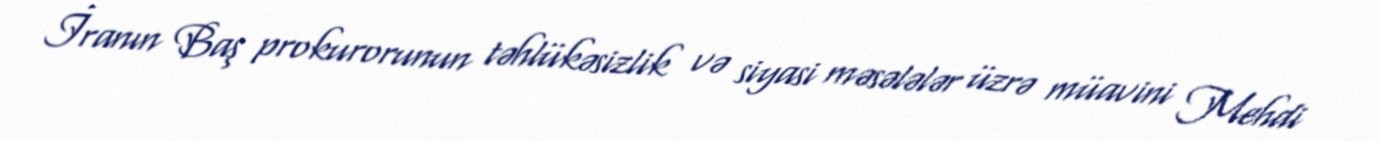
İranın Baş prokurorunun təhlükəsizlik və siyasi məsələlər üzrə müavini Mehdi